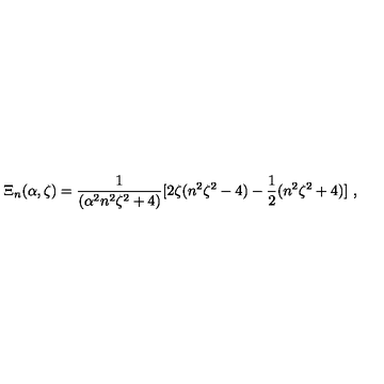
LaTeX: \Xi _ { n } ( \alpha , \zeta ) = \frac { 1 } { ( \alpha ^ { 2 } n ^ { 2 } \zeta ^ { 2 } + 4 ) } [ 2 \zeta ( n ^ { 2 } \zeta ^ { 2 } - 4 ) - \frac { 1 } { 2 } ( n ^ { 2 } \zeta ^ { 2 } + 4 ) ] \ ,